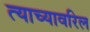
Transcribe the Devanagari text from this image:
त्याच्यावरिल